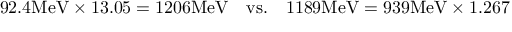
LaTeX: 9 2 . 4 \mathrm { M e V } \times 1 3 . 0 5 = 1 2 0 6 \mathrm { M e V } \quad \mathrm { v s . } \quad 1 1 8 9 \mathrm { M e V } = 9 3 9 \mathrm { M e V } \times 1 . 2 6 7